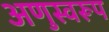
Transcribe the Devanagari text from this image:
अणुस्वरूप